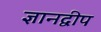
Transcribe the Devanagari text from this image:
ज्ञानद्वीप